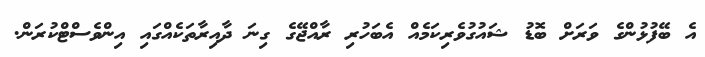
އެ ބޭފުޅުންގެ ވަރަށް ބޮޑު ޝައުގުވެރިކަމެއް އެބަހުރި ރާއްޖޭގެ ގިނަ ދާއިރާތަކެއްގައި އިންވެސްޓްކުރަން.